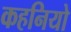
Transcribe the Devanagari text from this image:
कहनियो